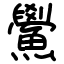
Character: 鱟